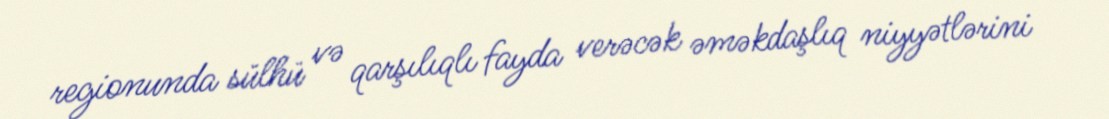
regionunda sülhü və qarşılıqlı fayda verəcək əməkdaşlıq niyyətlərini